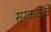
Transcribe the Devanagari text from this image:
सरकवावे